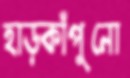
হাড়কাঁপুনো